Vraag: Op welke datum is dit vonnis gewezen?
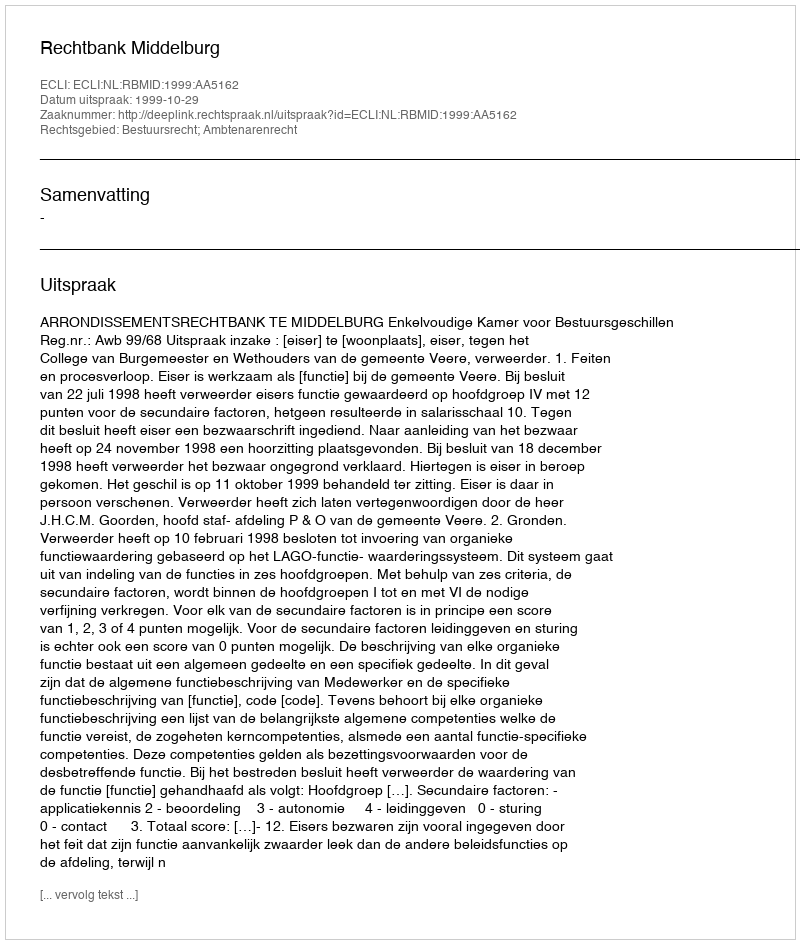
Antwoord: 1999-10-29